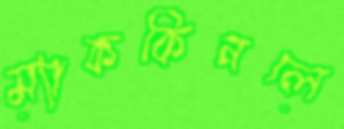
ম্যাককিনলে